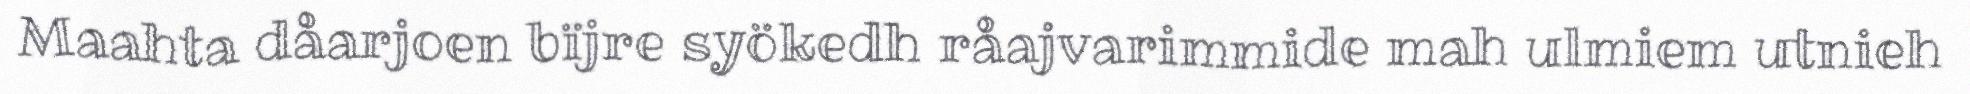
Maahta dåarjoen bïjre syökedh råajvarimmide mah ulmiem utnieh